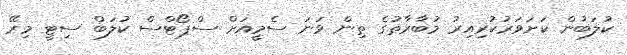
ކުލަބުން ކަށަވަރުކުރިއިރު މުބާރާތުގެ ތިން ވަނަ ސެމީއަށް ސްޕޯޓްސް ކުލަބް ސިޓީ މިރޭ